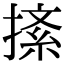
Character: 𢱨